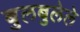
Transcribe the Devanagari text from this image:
बुलबुलेले